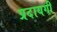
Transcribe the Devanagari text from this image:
प्रदायगी